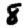
Digit: 8